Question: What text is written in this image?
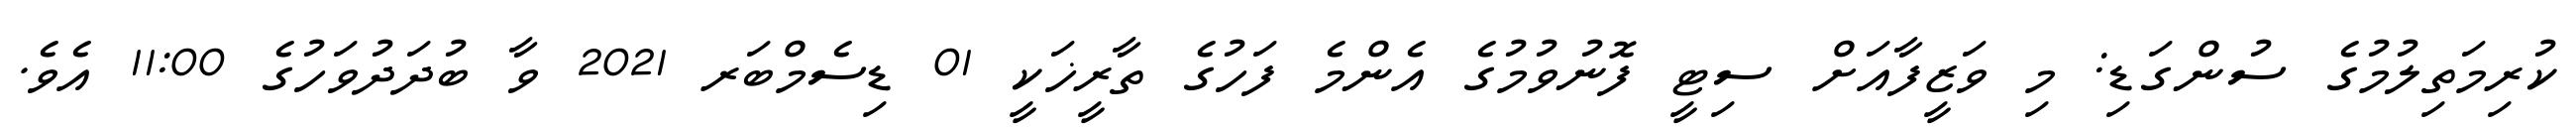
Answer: ކުރިމަތިލުމުގެ ސުންގަޑި: މި ވަޒީފާއަށް ސިޓީ ފޮނުވުމުގެ އެންމެ ފަހުގެ ތާރީޚަކީ 01 ޑިސެމްބަރ 2021 ވާ ބުދަދުވަހުގެ 11:00 އެވެ.